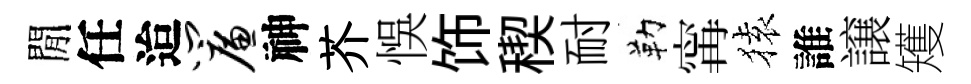
閒任迨帘神芥悞饰稧耐勒𡩋𫞤誰譲矱